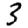
Digit: 3